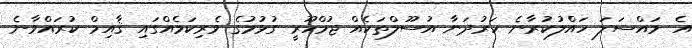
އެ މައްސަލަ ހައްލުކުރާނެ ހަރުދަނާ އުސޫލްތަކެއް ޖުމްހޫރީ ގުޅުމުގެ ވެރިކަމެއްގައި ޤާއިމް ކުރައްވާނެ